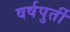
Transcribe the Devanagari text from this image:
वर्षपुर्ती